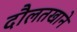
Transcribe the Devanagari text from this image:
दौलतखाने